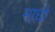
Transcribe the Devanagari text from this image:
माघो